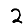
Digit: 2